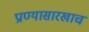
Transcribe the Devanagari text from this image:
प्राण्यासारखाच